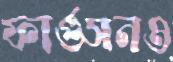
ফার্গুসনও